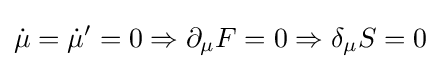
{\dot {\mu }}={\dot {\mu }}'=0\Rightarrow \partial _{\mu }F=0\Rightarrow \delta _{\mu }S=0